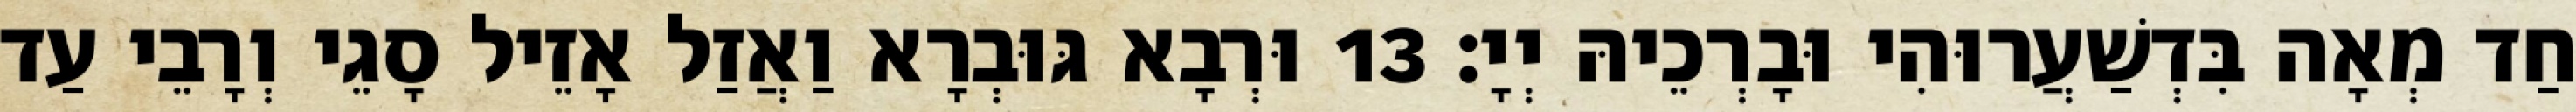
חַד מְאָה בִּדְשַׁעֲרוּהִי וּבָרְכֵיהּ יְיָ׃ 13 וּרְבָא גּוּבְרָא וַאֲזַל אָזֵיל סָגֵי וְרָבֵי עַד